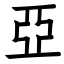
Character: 亞